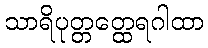
သာရိပုတ္တတ္ထေရဂါထာ